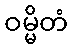
ဝမ္မိတံ